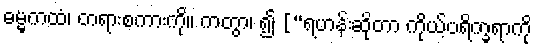
ဓမ္မကထံ၊ တရားစကားကို။ ကတွာ၊ ၍ [“ရဟန်းဆိုတာ ကိုယ့်ပရိက္ခရာကို